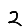
Digit: 2